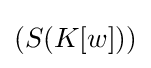
(S(K[w]))